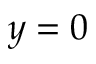
y = 0